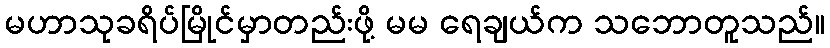
မဟာသုခရိပ်မြိုင်မှာတည်းဖို့ မမ ရေချယ်က သဘောတူသည်။